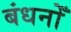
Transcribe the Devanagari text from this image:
बंधनोँ